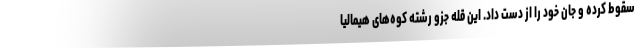
سقوط کرده و جان خود را از دست داد. این قله جزو رشته‌ کوه‌های هیمالیا